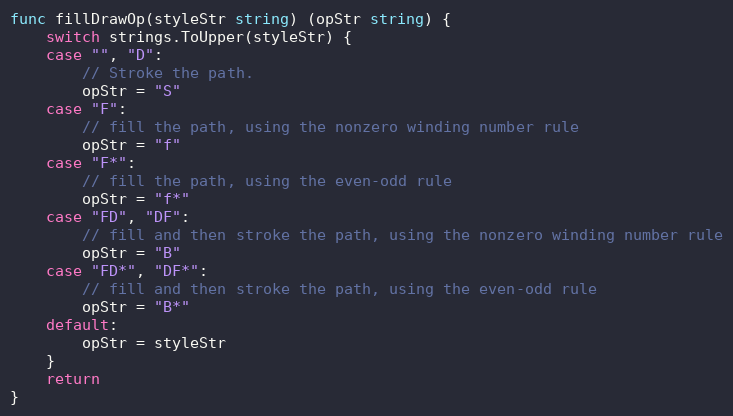
Language: Go
func fillDrawOp(styleStr string) (opStr string) {
	switch strings.ToUpper(styleStr) {
	case "", "D":
		// Stroke the path.
		opStr = "S"
	case "F":
		// fill the path, using the nonzero winding number rule
		opStr = "f"
	case "F*":
		// fill the path, using the even-odd rule
		opStr = "f*"
	case "FD", "DF":
		// fill and then stroke the path, using the nonzero winding number rule
		opStr = "B"
	case "FD*", "DF*":
		// fill and then stroke the path, using the even-odd rule
		opStr = "B*"
	default:
		opStr = styleStr
	}
	return
}